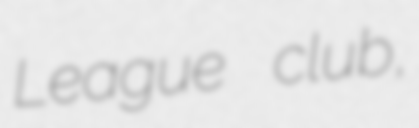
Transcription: League club,